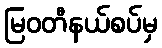
မြဝတီနယ်စပ်မှ